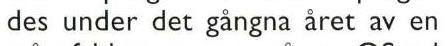
des under det gångna året av en